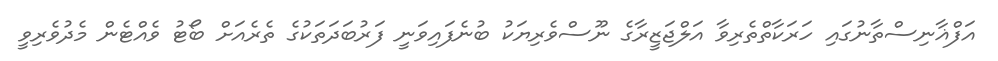
އަފްޣާނިސްތާނުގައި ހަރަކާތްތެރިވާ އަލްޖަޒީރާގެ ނޫސްވެރިޔަކު ބުނެފައިވަނީ ފަރުބަދަތަކުގެ ތެރެއަށް ބޯޓު ވެއްޓެން މެދުވެރިވީ